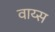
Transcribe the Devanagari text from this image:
वाय्स